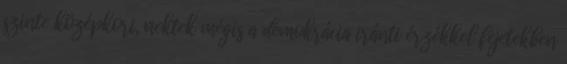
szinte középkori, nektek mégis a demokrácia iránti érzékkel fejetekben